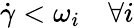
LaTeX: \dot{\gamma}<\omega_{i}\quad\forall i